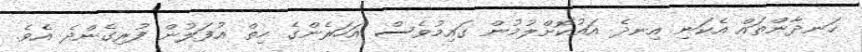
ހަނދާންތައް އެކަނި އިނދެ އައުކޮށްލުމުން ގައިމުވެސް އަހަރެންގެ ހިތް އުފަލުން ފުރިގެންދެ އެވެ.